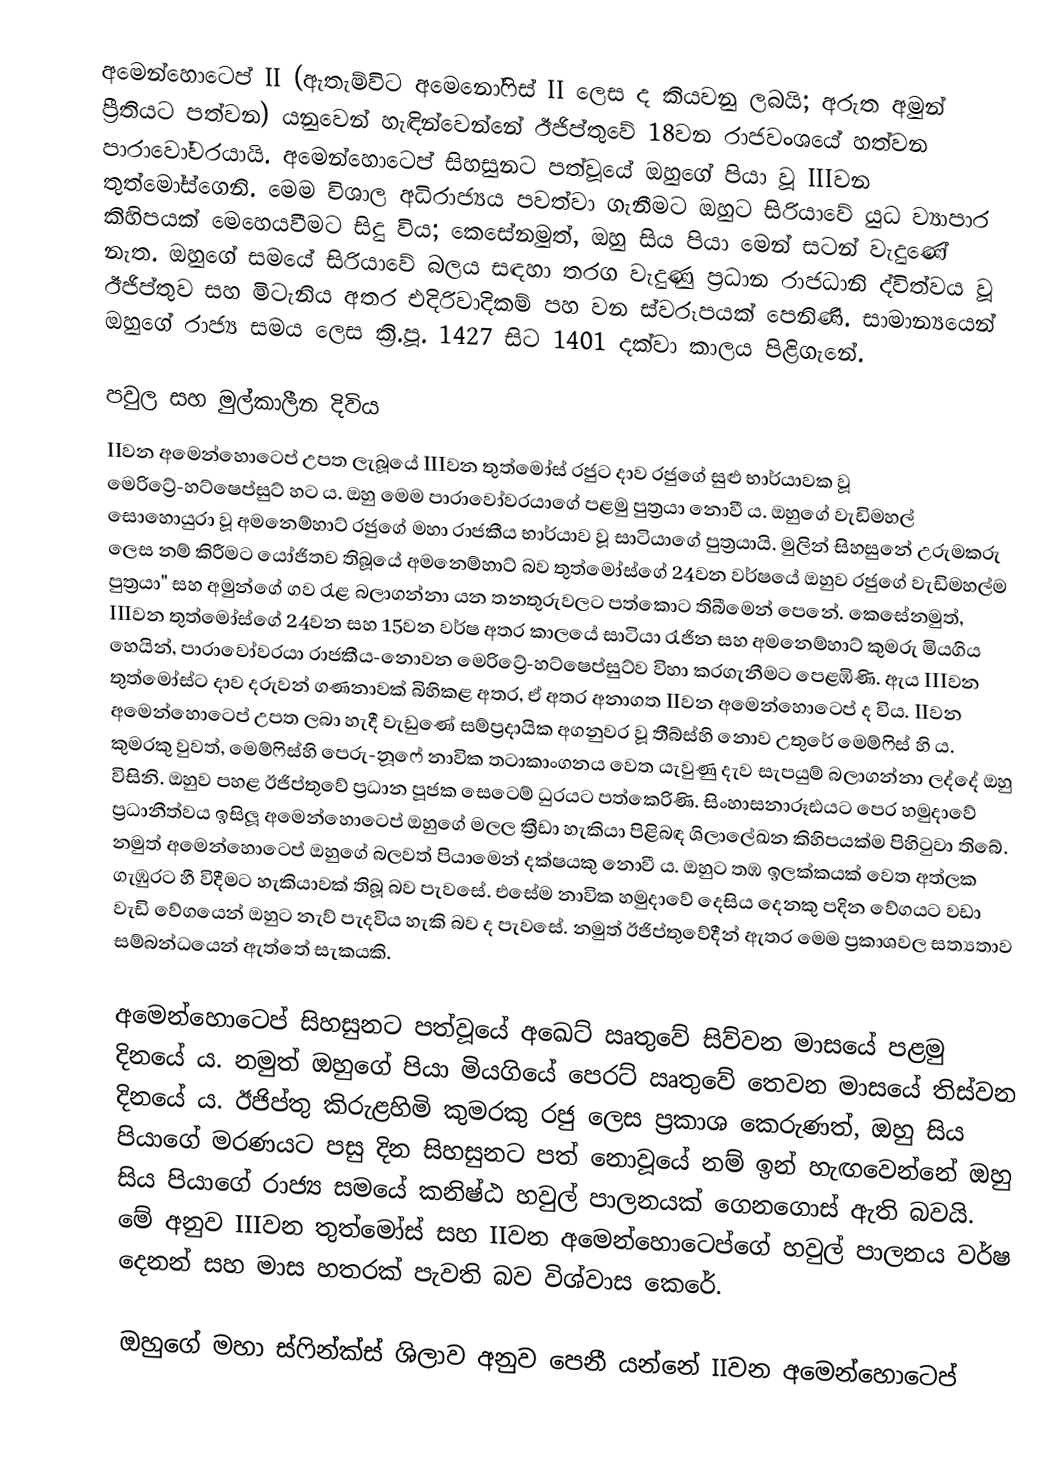
අමෙන්හොටෙප් II (ඇතැම්විට අමෙනෝෆිස් II ලෙස ද කියවනු ලබයි; අරුත අමුන් ප්‍රීතියට පත්වන) යනුවෙන් හැඳින්වෙන්නේ ඊජිප්තුවේ 18වන රාජවංශයේ හත්වන පාරාවෝවරයායි. අමෙන්හොටෙප් සිහසුනට පත්වූයේ ඔහුගේ පියා වූ IIIවන තුත්මෝස්ගෙනි. මෙම විශාල අධිරාජ්‍යය පවත්වා ගැනීමට ඔහුට සිරියාවේ යුධ ව්‍යාපාර කිහිපයක් මෙහෙයවීමට සිදු විය; කෙසේනමුත්, ඔහු සිය පියා මෙන් සටන් වැදුණේ නැත. ඔහුගේ සමයේ සිරියාවේ බලය සඳහා තරග වැදුණු ප්‍රධාන රාජධානි ද්විත්වය වූ ඊජිප්තුව සහ මිටැනිය අතර එදිරිවාදිකම් පහ වන ස්වරූපයක් පෙනිණි. සාමාන්‍යයෙන් ඔහුගේ රාජ්‍ය සමය ලෙස ක්‍රි.පූ. 1427 සිට 1401 දක්වා කාලය පිළිගැනේ.

පවුල සහ මුල්කාලීන දිවිය
IIවන අමෙන්හොටෙප් උපත ලැබූයේ IIIවන තුත්මෝස් රජුට දාව රජුගේ සුළු භාර්යාවක වූ මෙරිට්‍රේ-හට්ෂෙප්සුට් හට ය. ඔහු මෙම පාරාවෝවරයාගේ පළමු පුත්‍රයා නොවී ය. ඔහුගේ වැඩිමහල් සොහොයුරා වූ අමනෙම්හාට් රජුගේ මහා රාජකීය භාර්යාව වූ සාටියාගේ පුත්‍රයායි. මුලින් සිහසුනේ උරුමකරු ලෙස නම් කිරීමට යෝජිතව තිබූයේ අමනෙම්හාට් බව තුත්මෝස්ගේ 24වන වර්ෂයේ ඔහුව රජුගේ වැඩිමහල්ම පුත්‍රයා" සහ අමුන්ගේ ගව රැළ බලාගන්නා යන තනතුරුවලට පත්කොට තිබීමෙන් පෙනේ. කෙසේනමුත්, IIIවන තුත්මෝස්ගේ 24වන සහ 15වන වර්ෂ අතර කාලයේ සාටියා රැජින සහ අමනෙම්හාට් කුමරු මියගිය හෙයින්, පාරාවෝවරයා රාජකීය-නොවන මෙරිට්‍රේ-හට්ෂෙප්සුට්ව විහා කරගැනීමට පෙළඹිණි. ඇය IIIවන තුත්මෝස්ට දාව දරුවන් ගණනාවක් බිහිකළ අතර, ඒ අතර අනාගත IIවන අමෙන්හොටෙප් ද විය. IIවන අමෙන්හොටෙප් උපත ලබා හැදී වැඩුණේ සම්ප්‍රදායික අගනුවර වූ තීබ්ස්හි නොව උතුරේ මෙම්ෆිස් හි ය. කුමරකු වුවත්, මෙම්ෆිස්හි පෙරු-නූෆේ නාවික තටාකාංගනය වෙත යැවුණු දැව සැපයුම් බලාගන්නා ලද්දේ ඔහු විසිනි. ඔහුව පහළ ඊජිප්තුවේ ප්‍රධාන පූජක සෙටෙම් ධුරයට පත්කෙරිණි. සිංහාසනාරූඪයට පෙර හමුදාවේ ප්‍රධානීත්වය ඉසිලූ අමෙන්හොටෙප් ඔහුගේ මලල ක්‍රීඩා හැකියා පිළිබඳ ශිලාලේඛන කිහිපයක්ම පිහිටුවා තිබේ. නමුත් අමෙන්හොටෙප් ඔහුගේ බලවත් පියාමෙන් දක්ෂයකු නොවී ය. ඔහුට තඹ ඉලක්කයක් වෙත අත්ලක ගැඹුරට හී විදීමට හැකියාවක් තිබූ බව පැවසේ. එසේම නාවික හමුදාවේ දෙසිය දෙනකු පදින වේගයට වඩා වැඩි වේගයෙන් ඔහුට නැව් පැදවිය හැකි බව ද පැවසේ. නමුත් ඊජිප්තුවේදීන් ඇතර මෙම ප්‍රකාශවල සත්‍යතාව සම්බන්ධයෙන් ඇත්තේ සැකයකි.

අමෙන්හොටෙප් සිහසුනට පත්වූයේ අඛෙට් ඍතුවේ සිව්වන මාසයේ පළමු දිනයේ ය. නමුත් ඔහුගේ පියා මියගියේ පෙර‍ට් ඍතුවේ තෙවන මාසයේ තිස්වන දිනයේ ය. ඊජිප්තු කිරුළහිමි කුමරකු රජු ලෙස ප්‍රකාශ කෙරුණත්, ඔහු සිය පියාගේ මරණයට පසු දින සිහසුනට පත් නොවූයේ නම් ඉන් හැඟවෙන්නේ ඔහු සිය පියාගේ රාජ්‍ය සමයේ කනිෂ්ඨ හවුල් පාලනයක් ගෙනගොස් ඇති බවයි. මේ අනුව IIIවන තුත්මෝස් සහ IIවන අමෙන්හොටෙප්ගේ හවුල් පාලනය වර්ෂ දෙනන් සහ මාස හතරක් පැවති බව විශ්වාස කෙරේ.

ඔහුගේ මහා ස්ෆින්ක්ස් ශිලාව අනුව පෙනී යන්නේ IIවන අමෙන්හොටෙප්